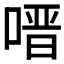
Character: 𭉟